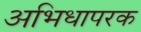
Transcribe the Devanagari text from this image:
अभिधापरक